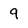
Character: 9